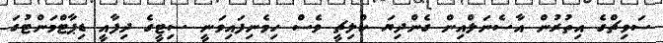
ސަވިޗްގެ އިތުރުން އާސެނަލްއިން ގެންދިޔަ ކްލިޗީ ވެސް ހިމެނިފައިވަނީ ސިޓީގެ ދިފާއީ ޑިޕާޓްމަންޓުގަ